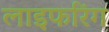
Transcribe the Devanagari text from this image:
लाइफरिंग